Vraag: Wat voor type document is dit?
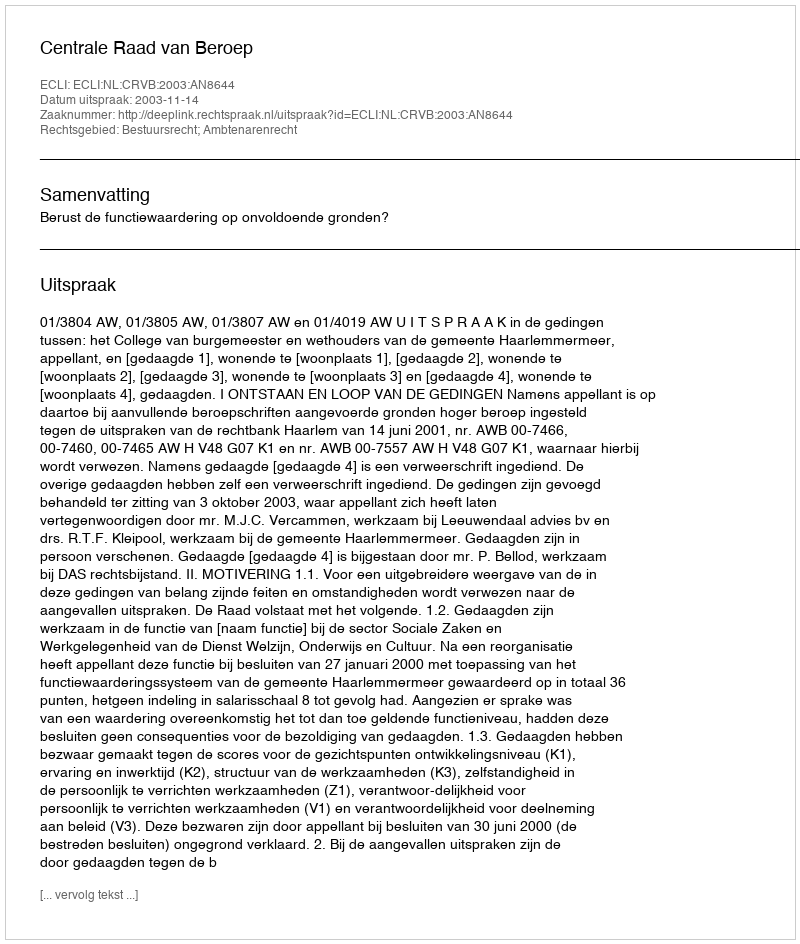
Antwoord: Uitspraak